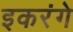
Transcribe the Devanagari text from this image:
इकरंगे